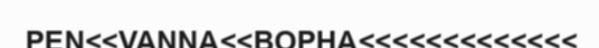
PEN<<VANNA<<BOPHA<<<<<<<<<<<<<